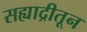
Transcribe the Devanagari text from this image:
सह्याद्रीतून